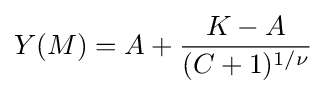
Y(M)=A+{K-A \over (C+1)^{1/\nu }}